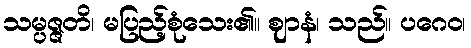
သမ္ပဇ္ဇတိ၊ မပြည့်စုံသေး၏။ ဈာနံ၊ သည်။ ပဂေဝ၊